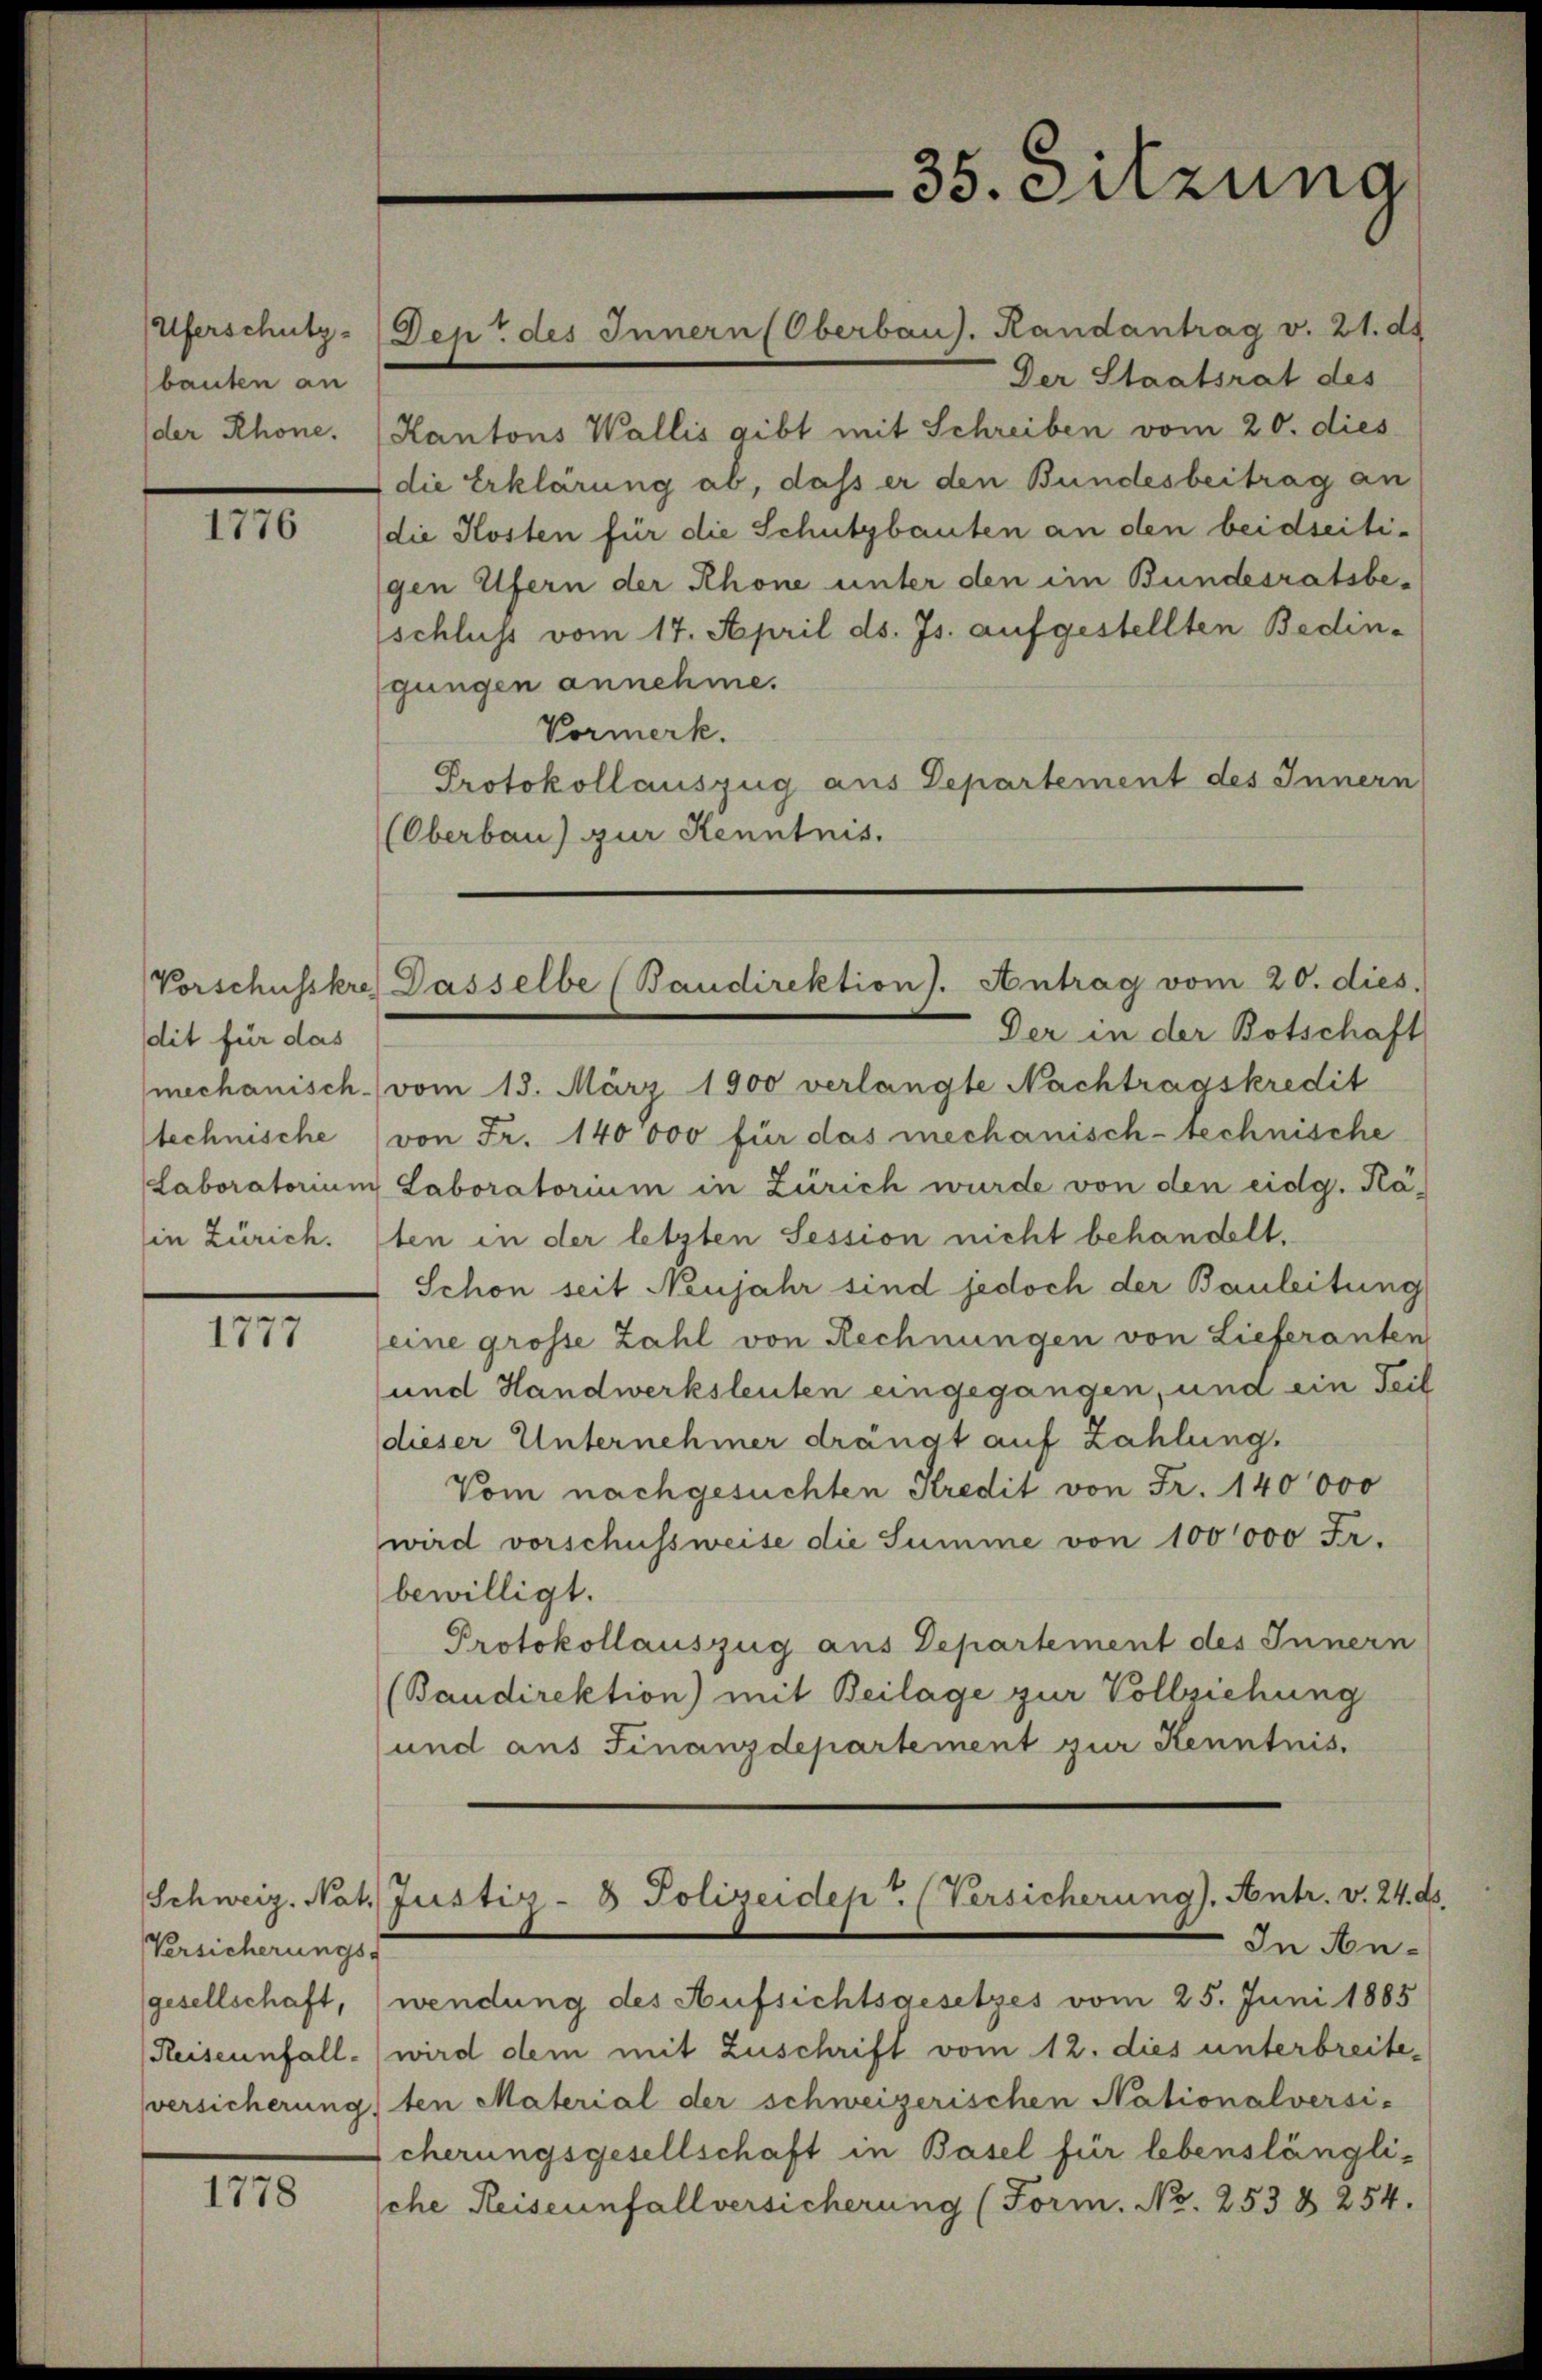
Uferschutz-
bauten an
der Rhone.

1776

Vorschusskre
dit für das
mechanisch.
technische
Laboratorium
in Zürich.

1777

Versicherungs-
Reiseunfall.

1778

Der Staatsrat des
Kantons Wallis gibt mit Schreiben vom 20. dies
die Erklärung ab, daß er den Bundesbeitrag an
die Kosten für die Schutzbauten an den beidseitigen Ufern der Rhone unter den im Bundesratsbeschluss vom 17. April ds. Js. aufgestellten Bedin-
gungen annehme.
Vormerk.
Protokollauszug aus Departement des Innern
(Oberbau) zur Kenntnis.

Dep: des Innern Oberbaus. Handantrag v. 21. ds

35. Sitzung

Der in der Botschaft
(vom 15. März 1900 verlangte Nachtragskredit
von Fr. 140000 für das mechanisch-technische
Laboratorium in Zürich wurde von den eidg. Käten in der letzten Session nicht behandelt.
Schon seit Neujahr sind jedoch der Bauleitung
eine grosse Zahl von Rechnungen von Lieferanten
und Handwerksleuten eingegangen, und ein Teil
dieser Unternehmer drängt auf Zahlung.
Vom nachgesuchten Kredit von Fr. 140000
wird vorschussweise die Summe von 100000 Fr.
bewilligt.
Protokollauszug aus Departement des Innern
(Baudirektion) mit Beilage zur Vollziehung
und aus Finanzdepartement zur Kenntnis.

Dasselbe (Baudirektions. Antrag vom 20. dies.

Schweiz. Nat. Justiz- & Polizeiden. (Versicherung). Antr. v. 24. ds.

In Angesellschaft, wendung des Aufsichtsgesetzes vom 25. Juni 1885
wird dem mit Zuschrift vom 12. dies unterbreitesversicherung) ten Material der schweizerischen Nationalversi-
cherungsgesellschaft in Basel für lebenslänglische Reiseunfallversicherung (Form. No. 253 § 254.